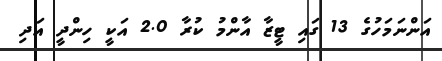
އަންނަމަހުގެ 13 ގައި ޓީޒާ އާންމު ކުރާ 2.0 އަކީ ހިންދީ އަދި